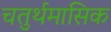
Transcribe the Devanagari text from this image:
चतुर्थमासिक